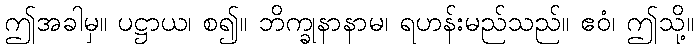
ဤအခါမှ။ ပဋ္ဌာယ၊ စ၍။ ဘိက္ခုနာနာမ၊ ရဟန်းမည်သည်။ ဧဝံ၊ ဤသို့။